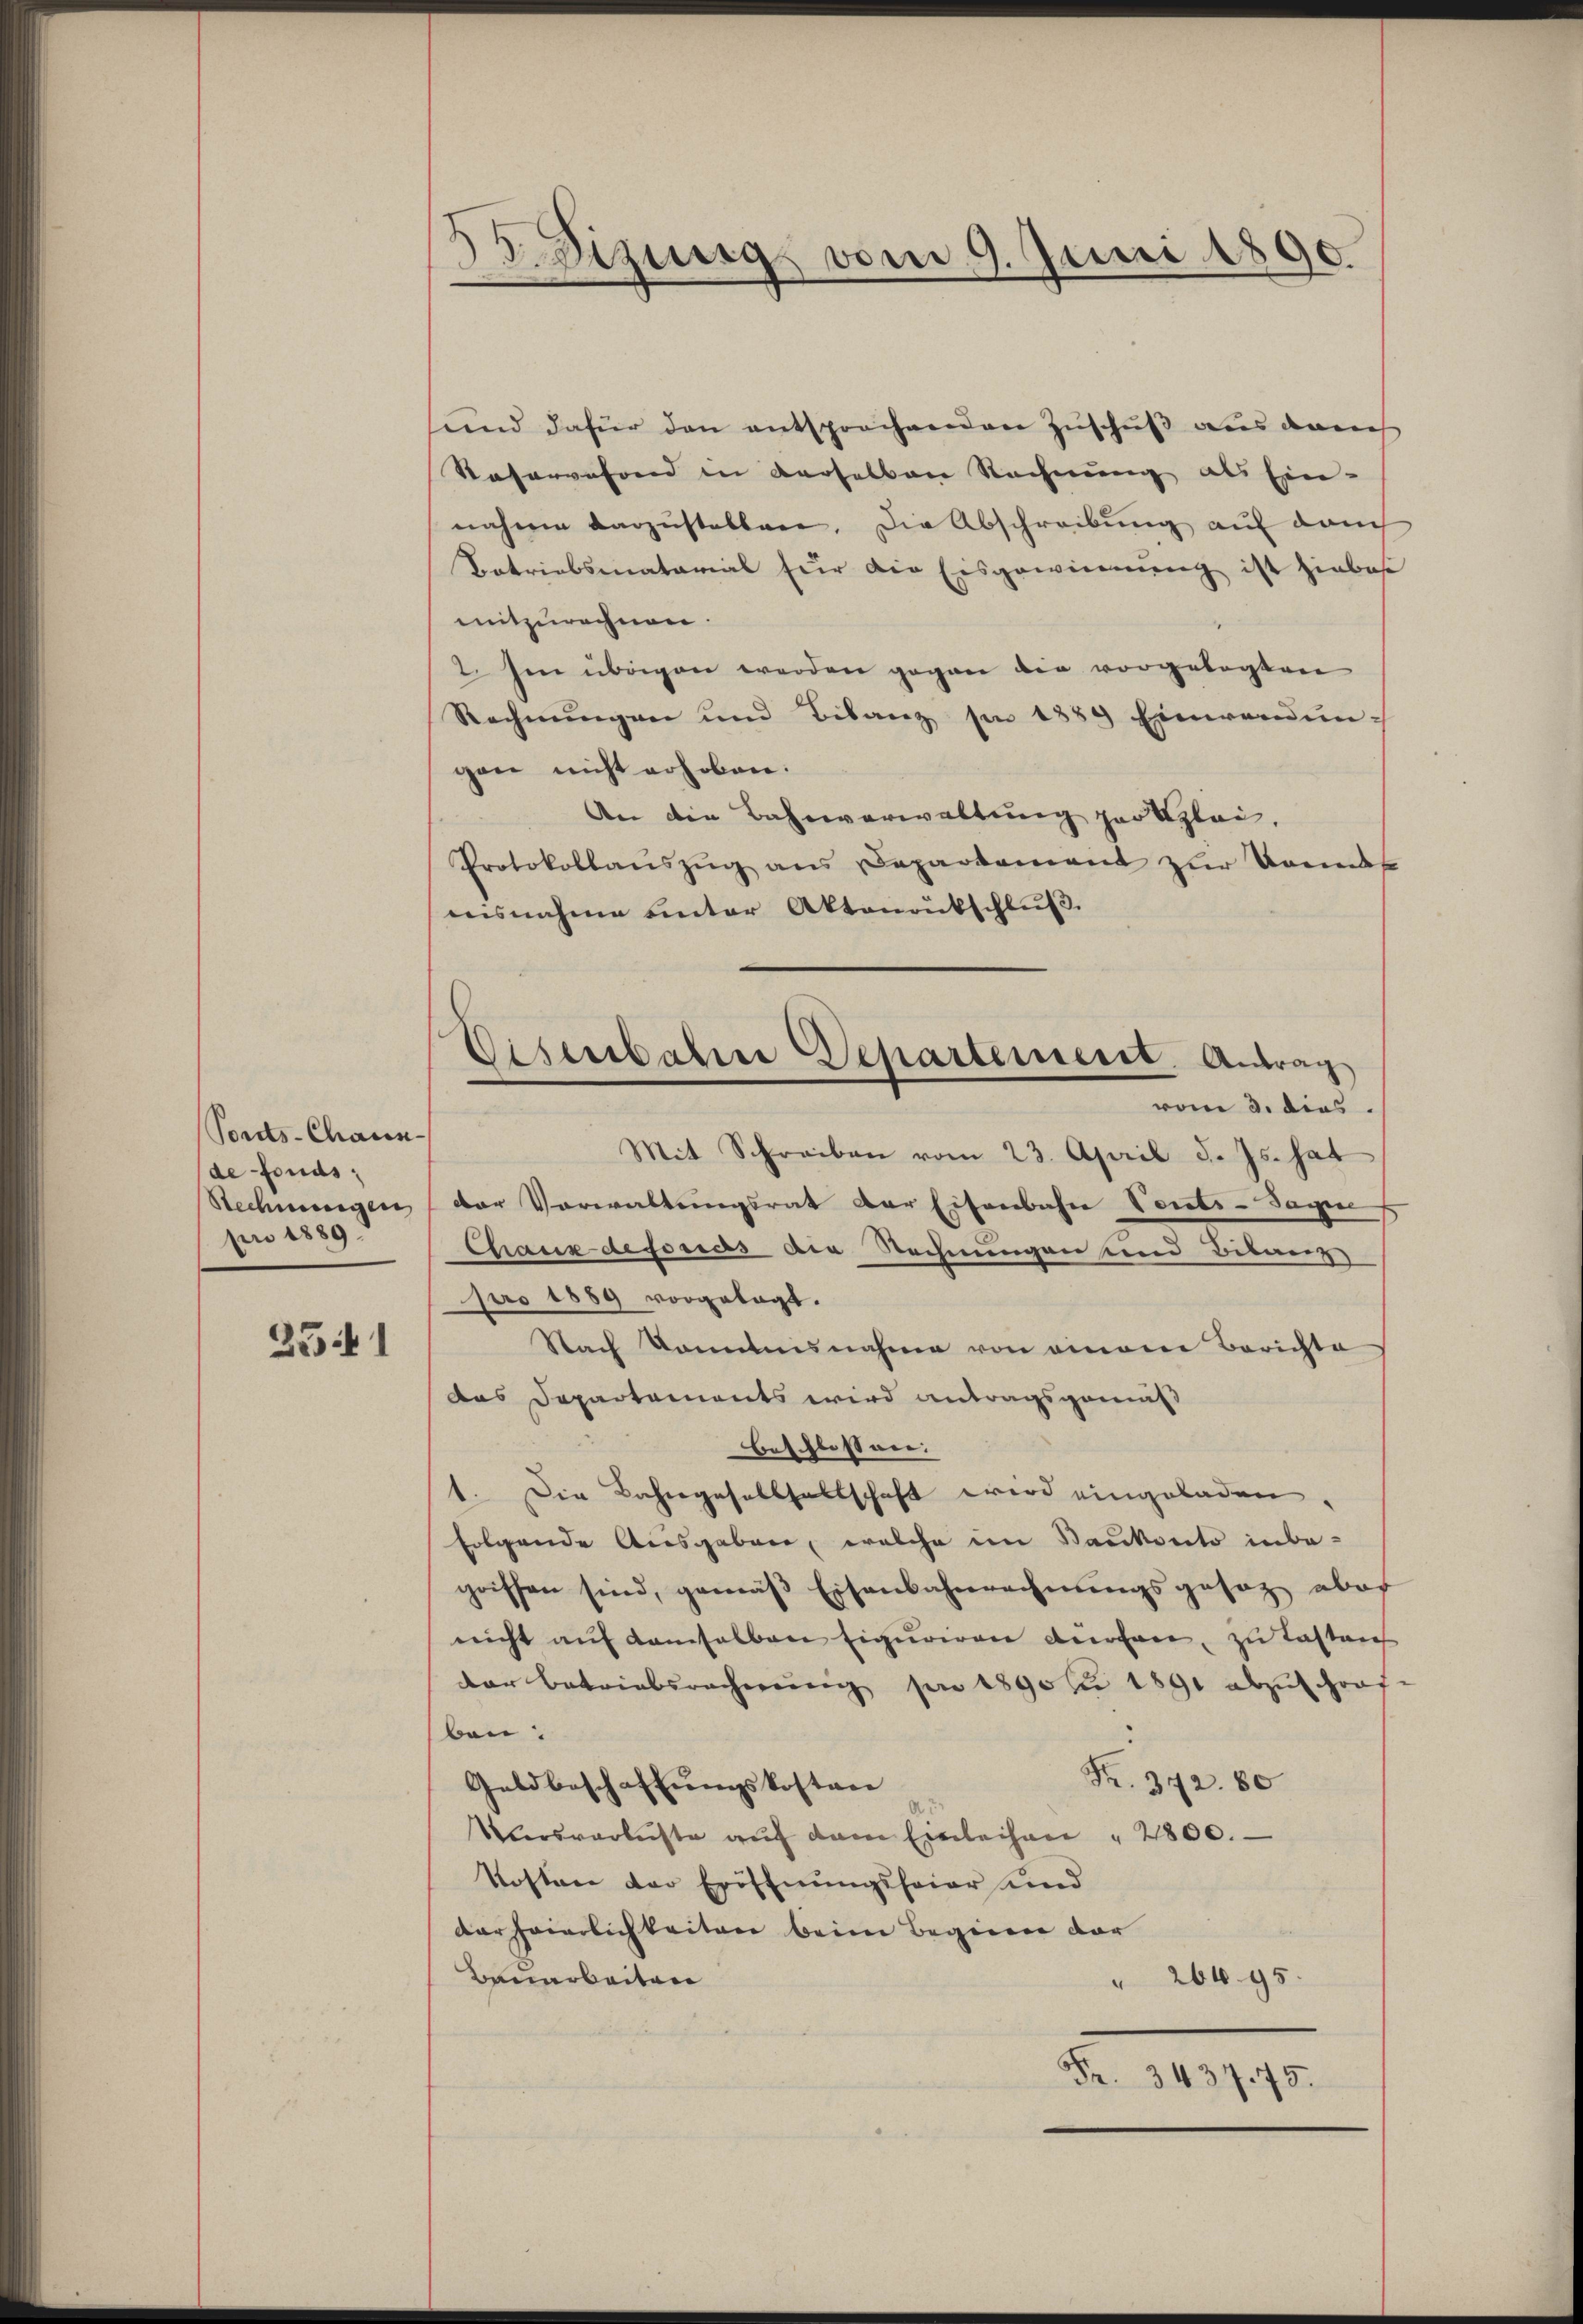
Pords-Chaus
de fonds
Rechnungen
pro 1889.

251

35 Sizung vom 9. Juni 1890.

Eisenbahrer Departement. Antrag
vom 3. dies.

und dafür den entsprochenden Zuschuß aus dauch
Roferwahrend in derselben Rechnung als Ein-
nahme darzustellen. Die Abschreibung auf danch
Betriebsmatorial für die Eisgewinnung ist hiebes
mitzurechnen.
2. Im übrigen werden gegen die vorgelegten
Rechnŭngen und Bilanz sie 1389 Einwendŭn-
gen nicht erhoben.
An die Bahnverwaltung zur Klei,
Protokollaŭszŭg ans Departement zŭr Sonnt
ausnahme unter Aktenrutschluß.
Mit Schreiben vom 23. April d. Js. hat
der Vorwaltungsrat der Eisenbahn Ponts-Tagne
Chaux de forces die Rechnungen und Bibang
pro 1889 vorgelegt.
Nach kanntnisnahme von einem Berichte
das Departements wird antragsgemäß
beschlossen:
t. Die Bahngesellhaltschaft wird eingeladen
folgende Ausgaben, welche im Baukonto inbegriffen sind, gemäβ Eisenbahnrechnungsgesetz aber
nicht auf demselben Eiguriren durchen, zu Tasten
der Betriebsrechereinig pro 1890 1890 abzuschrof
ben:
Fr. 372. 80
Geldbeschaffŭngskosten
Uersverleiste auf dem Einleihen " 2800.
Kosten der Eröffnungsfeier und
dar heierlichkeiten beim Beginne dar
Benarbeiten
 26495.
Fr. 343775.